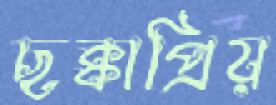
ছক্কাপ্রিয়